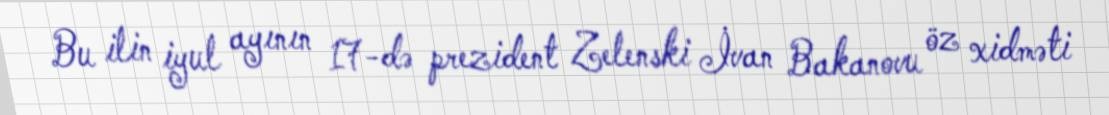
Bu ilin iyul ayının 17-də prezident Zelenski İvan Bakanovu öz xidməti